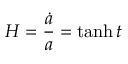
H = \frac { \dot { a } } { a } = \operatorname { t a n h } t